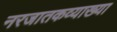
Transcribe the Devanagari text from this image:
नरजातकव्याख्या